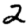
Digit: 2